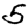
Digit: 5